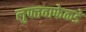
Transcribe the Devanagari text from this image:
लुफ्तवाफेकडे